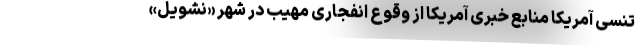
تنسی آمریکا منابع خبری آمریکا از وقوع انفجاری مهیب در شهر «نشویل»